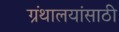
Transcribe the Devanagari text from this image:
ग्रंथालयांसाठी